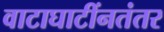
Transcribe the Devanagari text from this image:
वाटाघाटींनतंतर